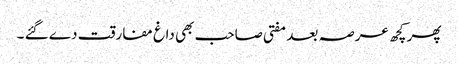
پھر کچھ عرصہ بعد مفتی صاحب بھی داغ مفارقت دے گئے ۔